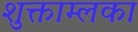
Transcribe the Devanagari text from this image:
शुक्ताम्लका